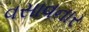
વસાવનાર